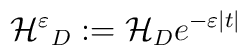
{\cal {H^{\varepsilon }}}_{D}:={\cal {H}}_{D}e^{-\varepsilon |t|}